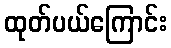
ထုတ်ပယ်ကြောင်း